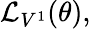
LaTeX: {\mathcal{L}}_{V^{1}}(\theta),